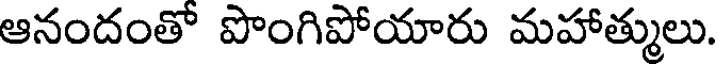
ఆనందంతో పొంగిపోయారు మహాత్ములు.